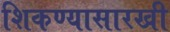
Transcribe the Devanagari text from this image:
शिकण्यासारखी